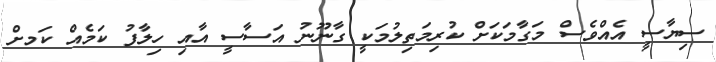
ސިޔާސީ އެއްވެސް މަގާމަކަށް ކުރިމަތިލުމަކީ ގާނޫނު އަސާސީ އާއި ހިލާފު ކަމެއް ކަަމށް